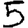
Digit: 5